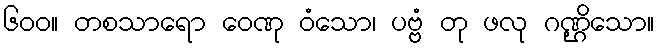
၆၀၀။ တစသာရော ဝေဏု ဝံသော၊ ပဗ္ဗံ တု ဖလု ဂဏ္ဌိသော။